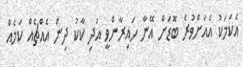
އެކަމަކު އެއަށްވުރެ ބޮޑަށް އޭނާ ހައިރާންވީ އަދި ކާކު ދިން އެއްޗެއް ކަމެއް